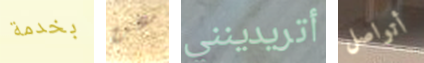
بخدمة عن أتريدينني أتواصل